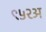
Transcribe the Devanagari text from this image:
९५२अ